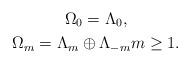
LaTeX: \begin{gather*}\Omega_0 = \Lambda_0, \\\Omega_m = \Lambda_m \oplus \Lambda_{-m} m \geq 1.\end{gather*}